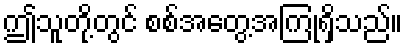
ဤသူတို့တွင် စစ်အတွေ့အကြုံရှိသည်။